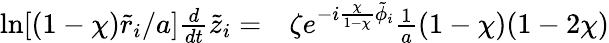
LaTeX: \begin{array}{rl}{\ln[(1-\chi)\tilde{r}_{i}/a]\frac{d}{dt}\tilde{z}_{i}=}&{{}\zeta e^{-i\frac{\chi}{1-\chi}\tilde{\phi}_{i}}\frac{1}{a}(1-\chi)(1-2\chi)}\end{array}